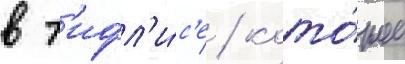
в т'ифл'и́с'е / кото́рое